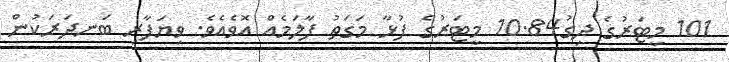
101 މީޓަރުގެ ދިގު10.84 މީޓަރުގެ ފުޅާ މަގަތު ފާލަމެއް އޮވެއެވެ. ވިޔަފާރި ބަނދަރަކުން